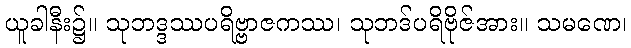
ယူခါနီး၌။ သုဘဒ္ဒဿပရိဗ္ဗာဇကဿ၊ သုဘဒ်ပရိဗိုဇ်အား။ သမဏေ၊